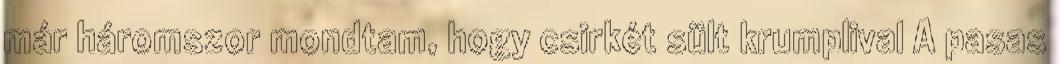
már háromszor mondtam, hogy csirkét sült krumplival A pasas